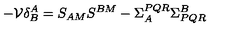
- { \cal V } \delta _ { B } ^ { A } = S _ { A M } S ^ { B M } - \Sigma _ { A } ^ { P Q R } \Sigma _ { P Q R } ^ { B }